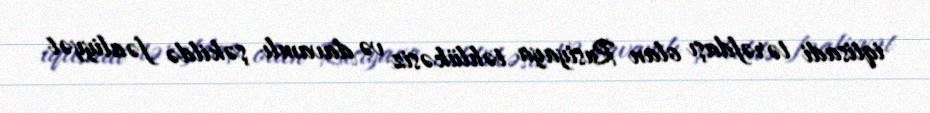
iqtisadi tərəfdaşı olan Rusiyaya təhlükəsiz və davamlı şəkildə fəaliyyət